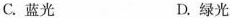
C.蓝光 D.绿光